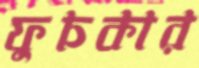
ফুচকার